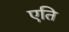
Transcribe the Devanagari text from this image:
एति